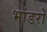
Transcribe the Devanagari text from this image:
भांडरों